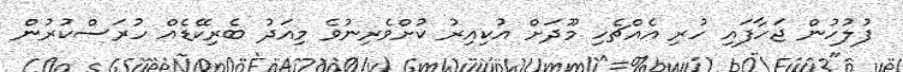
ފުލުހުން ޖަހާފައި ހުރި އެއްޗެހި މޫދަށް އުކިއިރު ކުށްވެރިނުވެ މިއަދު ބެރިކޭޑެއް ހުރަސްކުރުން